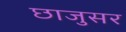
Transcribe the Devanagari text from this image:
छाजुसर